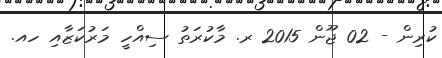
ކުރިން - 02 ޖޫން 2015 ރ. މާކުރަތު ސިއްހީ މަރުކަޒާއި ހއ.